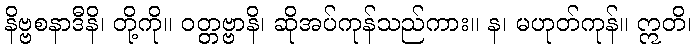
နိဗ္ဗစနာဒီနိ၊ တို့ကို။ ဝတ္တဗ္ဗာနိ၊ ဆိုအပ်ကုန်သည်ကား။ န၊ မဟုတ်ကုန်။ ဣတိ၊